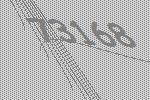
73168